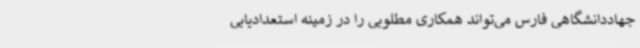
جهاددانشگاهی فارس می‌تواند همکاری مطلوبی را در زمینه استعدادیابی